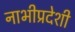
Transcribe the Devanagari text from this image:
नाभीप्रदेशी